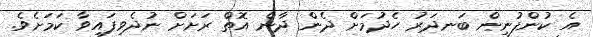
އެ ކުންފުނިން ބަނދަރު ހެދުމަށް ދެން ދާން އޮތް ރަށަށް ނުދެވިފައިވާ ކަމަށެވެ.